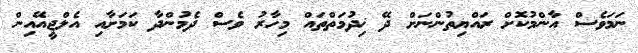
ނަމަވެސް އާންމުކޮށް ރައްޔިތުންނަށް ދޭ ޚިދުމަތްތައް މިހާރު ވެސް ދެމުންދާ ކަމަށާއި އެލްޖީއޭއިން